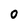
Character: 0